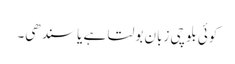
کوئی بلوچی زبان بولتا ہے یا سندھی۔